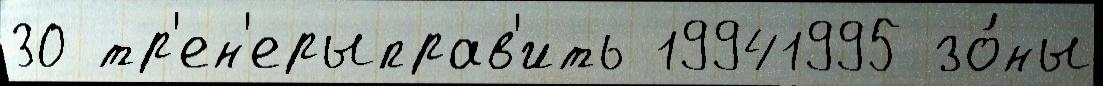
30 тр'ен'ерыправ'ить 19941995 зо́ны